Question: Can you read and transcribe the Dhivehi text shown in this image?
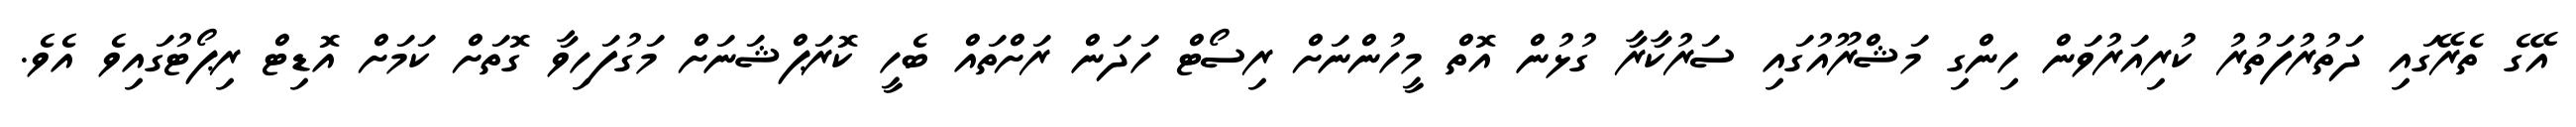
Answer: އޭގެ ތެރޭގައި ދަތުރުފަތުރު ކުރިއަރުވަން ހިންގި މަޝްރޫއުގައި ސަރުކާރާ ގުޅުން އޮތް މީހުންނަށް ރިސޯޓް ހަދަން ރަށްތައް ބެހީ ކޮރަޕްޝަނަށް މަގުފަހިވާ ގޮތަށް ކަމަށް އޮޑިޓް ރިޕޯޓުގައިވެ އެވެ.